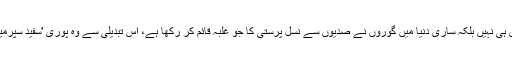
کیونکہ محض امریکہ میں ہی نہیں بلکہ ساری دنیا میں گوروں نے صدیوں سے نسل پرستی کا جو غلبہ قائم کر رکھا ہے، اس تبدیلی سے وہ پوری 'سفید سپرمیسی' ہی ختم ہو سکتی ہے۔